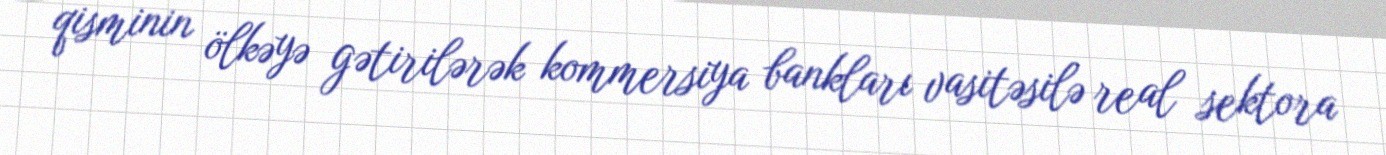
qisminin ölkəyə gətirilərək kommersiya bankları vasitəsilə real sektora